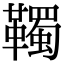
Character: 䪅